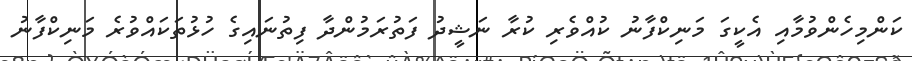
ކަންމިހެެންވުމާއި އެކީގަ މަނިކްފާނު ކުއްވެރި ކުރާ ނަޝީދު ފަތުރަމުންދާ ފިތުނައިގެ ހުޅުތަކައްވުރެ މަނިކްފާނު